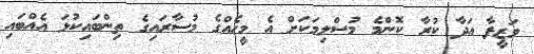
ވަޒީފާ އަދާ ކުރާ ކޮންމެ މުސްލިމަކަށް އެ މީހެއްގެ މުސާރައިގެ ތިންބައިކުޅަ އެއްބައި